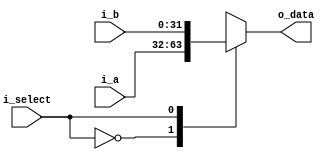
`timescale 1ns / 1ps

module mux2#(
        parameter   NB = 32
    )
    (
        input           i_select,
        input  [NB-1:0] i_a,
        input  [NB-1:0] i_b,
        output [NB-1:0] o_data
    
    );
    
    reg [NB-1:0] aux_reg;
    
    always @ (*) begin
        case (i_select)
            1'b0 : aux_reg <= i_a;
            1'b1 : aux_reg <= i_b;
        endcase
    end
    
    assign o_data = aux_reg;

endmodule